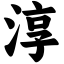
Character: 淳